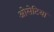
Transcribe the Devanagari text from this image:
ओसेटिया